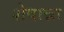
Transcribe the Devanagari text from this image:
शेषान्ना